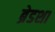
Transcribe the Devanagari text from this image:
ब्रेडशा